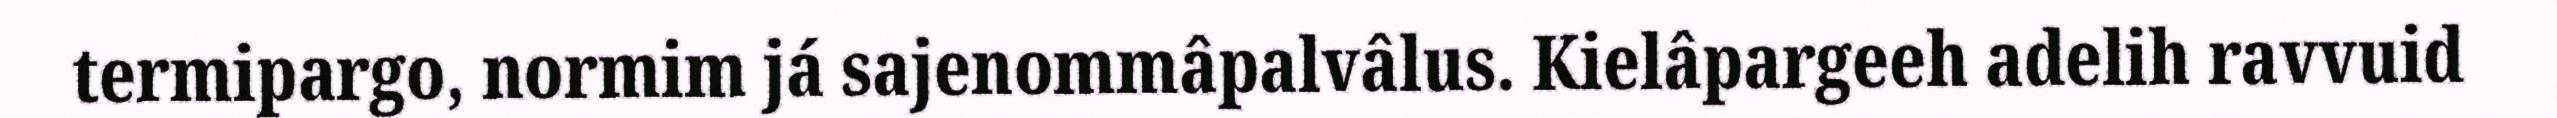
termipargo, normim já sajenommâpalvâlus. Kielâpargeeh adelih ravvuid